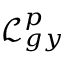
\mathcal { L } _ { g y } ^ { p }